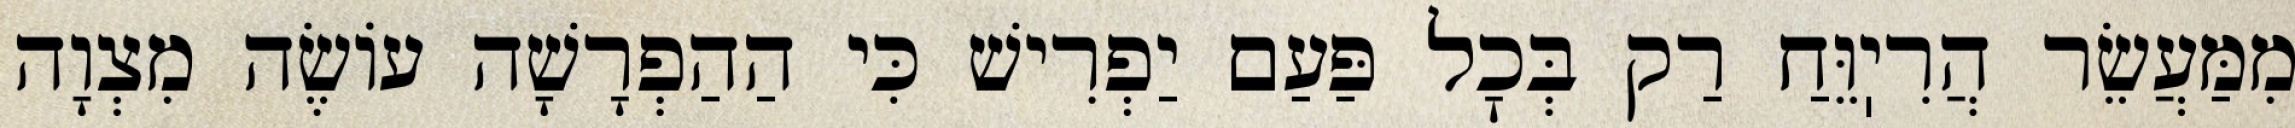
מִמַּעֲשֵׂר הֲרִיֽוֵּחַ רַק בְּכׇל פַּעַם יַפְרִישׁ כִּי הַהַפְרָשָׁה עוֹשֶׂה מִצְוָה